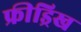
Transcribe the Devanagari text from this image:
फ्रीड्रिख